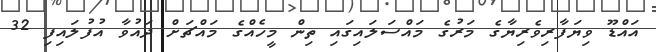
އައްޑޫ ވިޔަފާރިވެރިޔާގެ މަރުގެ މައްސަލައިގައި ތިން މީހެއްގެ މައްޗަށް ދައުވާ އުފުލައިފި 32